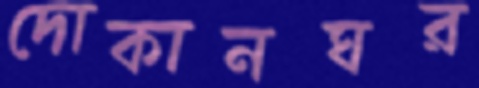
দোকানঘর